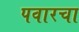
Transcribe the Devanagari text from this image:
पवारचा